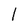
Character: l